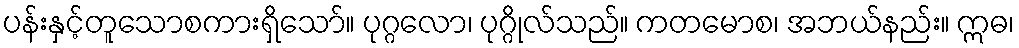
ပန်းနှင့်တူသောစကားရှိသော်။ ပုဂ္ဂလော၊ ပုဂ္ဂိုလ်သည်။ ကတမောစ၊ အဘယ်နည်း။ ဣဓ၊